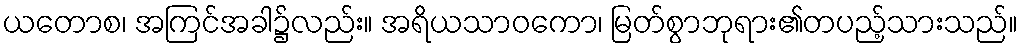
ယတောစ၊ အကြင်အခါ၌လည်း။ အရိယသာဝကော၊ မြတ်စွာဘုရား၏တပည့်သားသည်။